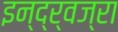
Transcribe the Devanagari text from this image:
इन्द्र्वज्रा